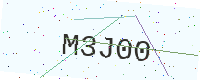
Text: M3J00